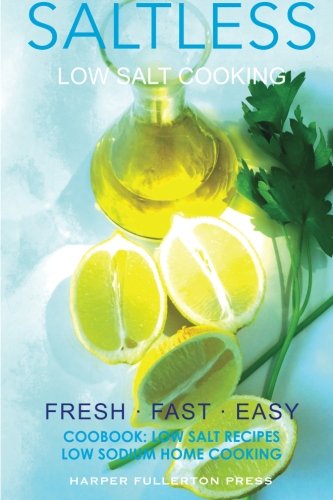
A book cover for Low Salt Cooking: Salt-Less Fresh Fast Easy. Low salt recipes, Low sodium cookbo (Saltless Low Salt Recipes,Low Sodium Cooking) (Volume 2); Harper Fullerton; Cookbooks, Food & Wine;